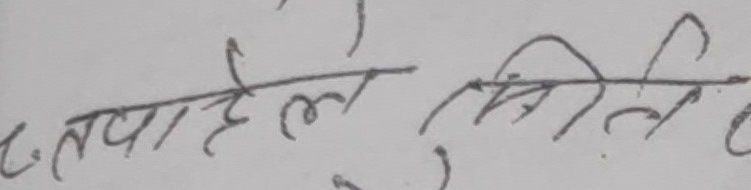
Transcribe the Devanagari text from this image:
टपाइल सिति